Vaccination in Burma 1920-1933 - 1920-1933
Year: 1920
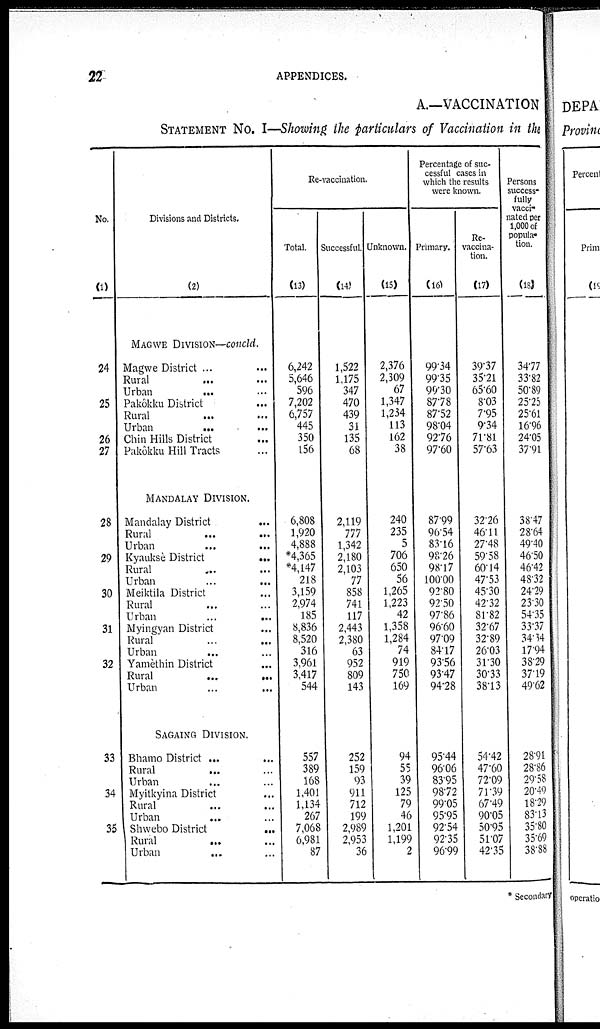
22
APPENDICES.
A.—VACCINATION
STATEMENT No. I—Showing the particulars of Vaccination in the
No.
(1)
24
25
26
27
28
29
30
31
32
33
34
35
Divisions and Districts.
(2)
MAGWE DIVISION—concld.
Magwe District ... ... ...
Rural... ...
Urban...
...
Pakôkku District
...
Rural... ...
Urban
...
...
Chin Hills District ...
Pakôkku Hill Tracts ...
MANDALAY DIVISION.
Mandalay District
...
Rural
...
...
Urban
...
...
Kyauksè District
...
Rural... ...
Urban...
...
Meiktila District ...
Rural... ...
Urban
...
...
Myingyan District ...
Rural
...
...
Urban
...
...
Yamèthin District ...
Rural
...
...
Urban
...
...
SAGAING DIVISION.
Bhamo District ... ...
Rural... ...
Urban... ...
Myitkyina District ...
Rural... ...
Urban...
...
Shwebo District
...
Rural
...
...
Urban... ...
Re-vaccination.
Total.
(13)
6,242
5,646
596
7,202
6,757
445
350
156
6,808
1,920
4,888
*4,365
*4,147
218
3,159
2,974
185
8,836
8,520
316
3,961
3,417
544
557
389
168
1,401
1,134
267
7,068
6,981
87
Successful.
(14)
1,522
1,175
347
470
439
31
135
68
2,119
777
1,342
2,180
2,103
77
858
741
117
2,443
2,380
63
952
809
143
252
159
93
911
712
199
2,989
2,953
36
Unknown.
(15)
2,376
2,309
67
1,347
1,234
113
162
38
240
235
5
706
650
56
1,265
1,223
42
1,358
1,284
74
919
750
169
94
55
39
125
79
46
1,201
1,199
2
Percentage of suc-
cessful cases in
which the results
were known.
Primary.
(16)
99.34
99.35
99.30
87.78
87.52
98.04
92.76
97.60
87.99
96.54
83.16
98.26
98.17
100.00
92.80
92.50
97.86
96.60
97.09
84.17
93.56
93.47
94.28
95.44
96.06
83.95
98.72
99.05
95.95
92.54
92.35
96.99
Re-
vaccina-
tion.
(17)
39.37
35.21
65.60
8.03
7.95
9.34
71.81
57.63
32.26
46.11
27.48
59.58
60.14
47.53
45.30
42.32
81.82
32.67
32.89
26.03
31.30
30.33
38.13
54.42
47.60
72.09
71.39
67.49
90.05
50.95
51.07
42.35
Persons
success-
fully
vacci-
nated per
1,000 of
popula-
tion.
(18)
34.77
33.82
50.89
25.25
25.61
16.96
24.05
37.91
38.47
28.64
49.40
46.50
46.42
48.32
24.29
23.30
54.35
33.37
34.34
17.94
38.29
37.19
49.62
28.91
28.86
29.58
20.49
18.29
83.13
35.80
35.69
38.88
* Secondary